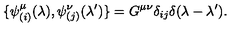
\{ \psi _ { ( i ) } ^ { \mu } ( \lambda ) , \psi _ { ( j ) } ^ { \nu } ( \lambda ^ { \prime } ) \} = G ^ { \mu \nu } \delta _ { i j } \delta ( \lambda - \lambda ^ { \prime } ) .